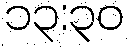
၁၃:၃၀